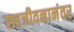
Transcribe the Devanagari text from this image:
सहजीवनानंतर